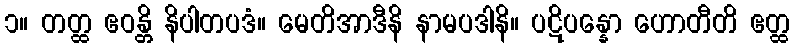
၁။ တတ္ထ ဧဝန္တိ နိပါတပဒံ။ မေတိအာဒီနိ နာမပဒါနိ။ ပဋိပန္နော ဟောတီတိ ဧတ္ထ